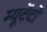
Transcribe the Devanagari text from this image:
म्यूटेंटों